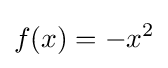
f(x)=-x^{2}